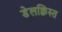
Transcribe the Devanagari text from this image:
डेलक्विस्त